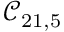
\mathcal { C } _ { 2 1 , 5 }